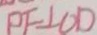
P F \bot O D